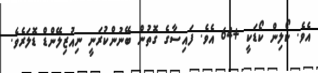
އެވެ. ކޯލިން ކޯޑަކީ +64 އެވެ. ފައިސާގެ ގޮތުން ބޭނުންކުރަނީ ނިއުޒިލޭންޑް ޑޮލަރެވެ.